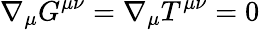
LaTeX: \nabla_{\mu}G^{\mu\nu}=\nabla_{\mu}T^{\mu\nu}=0